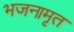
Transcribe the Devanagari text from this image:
भजनामृत